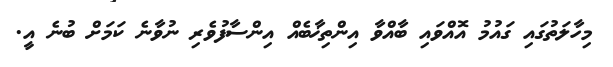
މިހާލަތުގައި ގައުމު އޮއްވައި ބާއްވާ އިންތިޚާބެއް އިންސާފުވެރި ނުވާނެ ކަމަށް ބުނެ އީ.